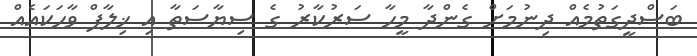
ބަސްދީގަތުމެއް ދިނުމަށް ގެންދާ މީހާ ސަރުކާރު ގެ ސިޔާސަތާ އި ޚިލާފް ވާހަކައެއް